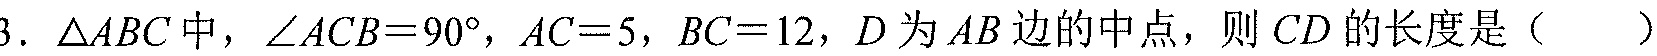
3. \(\triangle ABC\)中，\(\angle ACB = 90^{\circ}\)，\(AC = 5\)，\(BC = 12\)，\(D\)为\(AB\)边的中点，则\(CD\)的长度是（  ）